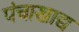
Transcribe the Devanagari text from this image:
पंचाखाद्य